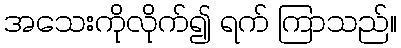
အသေးကိုလိုက်၍ ရက် ကြာသည်။